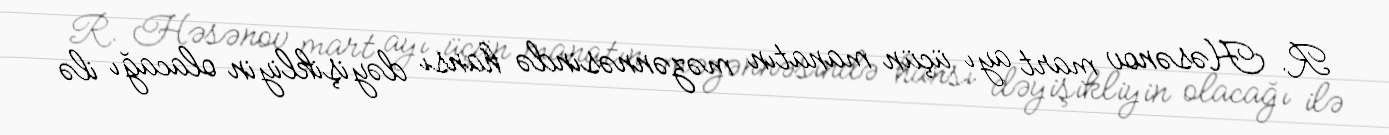
R. Həsənov mart ayı üçün manatın məzənnəsində hansı dəyişikliyin olacağı ilə